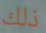
ذلك